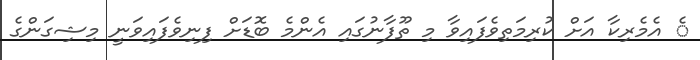
ެ އެމެރިކާ އަށް ކުރިމަތިވެފައިވާ މި ތޫފާނުގައި އެންމެ ބޮޑަށް ފިނިވެފައިވަނީ މިޝިގަންގެ